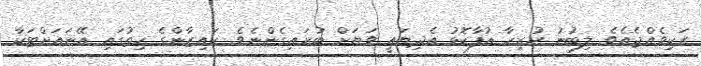
ރަކިވެއްޖެއެވެ. ލިބުނު ހުރިހާ އުފާކޮޅު އެދިޔައީ ވަޔަށް ބުރައިގެންނެވެ. ކައިޒާންގެ ހިތުގައި އޭނައަށްޓަކާ